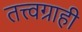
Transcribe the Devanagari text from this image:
तत्त्वग्राही